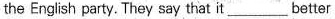
the English party. They say that it ___ better